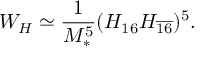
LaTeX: W _ { H } \simeq \frac { 1 } { M _ { * } ^ { 5 } } ( H _ { 1 6 } H _ { \overline { { { 1 6 } } } } ) ^ { 5 } .